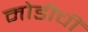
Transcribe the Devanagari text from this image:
मोडीचीं